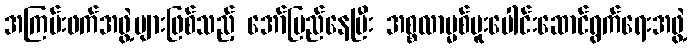
အကြမ်းဖက်အဖွဲ့များဖြစ်သည့် အော်မြည်နေပြီး အစ္စလာမ္မစ်ပူးပေါင်းဆောင်ရွက်ရေးအဖွဲ့